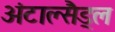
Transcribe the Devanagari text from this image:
अंटाल्सैड्ल